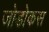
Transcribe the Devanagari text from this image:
जोडोकस